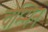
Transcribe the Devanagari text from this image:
चेम्मिन